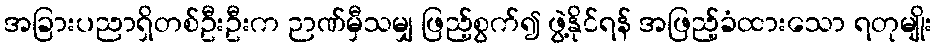
အခြားပညာရှိတစ်ဦးဦးက ဉာဏ်မှီသမျှ ဖြည့်စွက်၍ ဖွဲ့နိုင်ရန် အဖြည့်ခံထားသော ရတုမျိုး